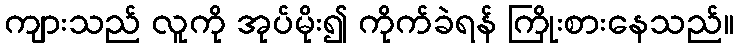
ကျားသည် လူကို အုပ်မိုး၍ ကိုက်ခဲရန် ကြိုးစားနေသည်။